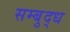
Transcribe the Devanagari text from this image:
सम्बुद्ध